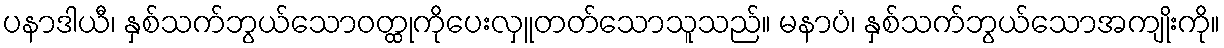
ပနာဒါယီ၊ နှစ်သက်ဘွယ်သောဝတ္ထုကိုပေးလှူတတ်သောသူသည်။ မနာပံ၊ နှစ်သက်ဘွယ်သောအကျိုးကို။